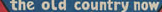
the old country now